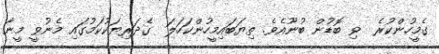
ގެމީހުންކުރެ  ވި ބޮޑުން ބުނޫއެވެ. ތިޔަބައިމީހުންކަހަލަ  ގެދަރިޔަކުކަމުގައި މެނުވީ މީނާ